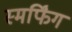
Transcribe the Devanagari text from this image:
स्मर्फिंग